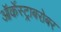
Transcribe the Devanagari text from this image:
ऑर्केस्ट्राबरोबर